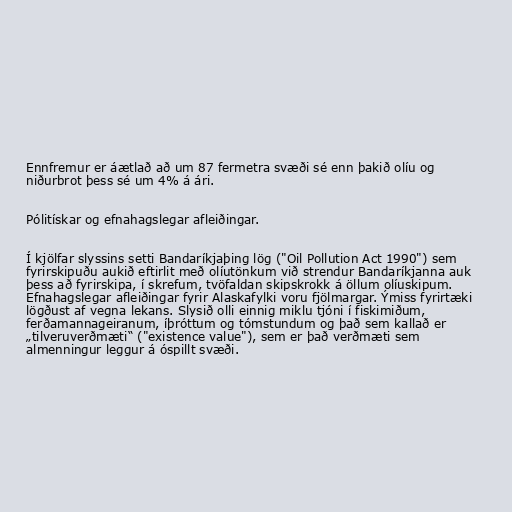
Ennfremur er áætlað að um 87 fermetra svæði sé enn þakið olíu og
niðurbrot þess sé um 4% á ári.

Pólitískar og efnahagslegar afleiðingar.

Í kjölfar slyssins setti Bandaríkjaþing lög ("Oil Pollution Act 1990") sem
fyrirskipuðu aukið eftirlit með olíutönkum við strendur Bandaríkjanna auk
þess að fyrirskipa, í skrefum, tvöfaldan skipskrokk á öllum olíuskipum.
Efnahagslegar afleiðingar fyrir Alaskafylki voru fjölmargar. Ýmiss fyrirtæki
lögðust af vegna lekans. Slysið olli einnig miklu tjóni í fiskimiðum,
ferðamannageiranum, íþróttum og tómstundum og það sem kallað er
„tilveruverðmæti“ ("existence value"), sem er það verðmæti sem
almenningur leggur á óspillt svæði.